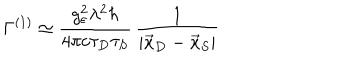
LaTeX: \Gamma ^ { ( 1 ) } \simeq \frac { g _ { \varepsilon } ^ { 2 } \lambda ^ { 2 } \hbar } { 4 \pi c \tau _ { D } \tau _ { S } } \, \frac { 1 } { | \vec { x } _ { D } - \vec { x } _ { S } | }